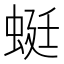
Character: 蜓